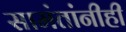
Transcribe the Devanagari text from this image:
सामंतांनीही